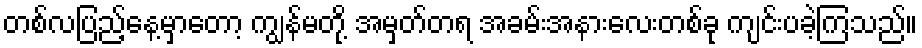
တစ်လပြည့်နေ့မှာတော့ ကျွန်မတို့ အမှတ်တရ အခမ်းအနားလေးတစ်ခု ကျင်းပခဲ့ကြသည်။